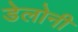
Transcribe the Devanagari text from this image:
डेलोनी